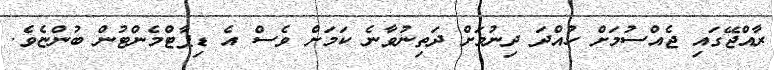
ރާއްޖޭގައި ޖެއްސުމަށް ހުއްދަ ދިނުމަށް ދަތިނުވާނެ ކަމަށް ވެސް އެ ޑިޕާޓްމެންޓުން ބުންޏެވެ.